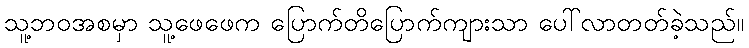
သူ့ဘဝအစမှာ သူ့ဖေဖေက ပြောက်တိပြောက်ကျားသာ ပေါ်လာတတ်ခဲ့သည်။